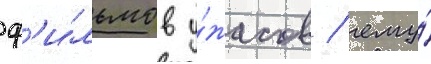
ф'и́льмов у́жасов / ему́